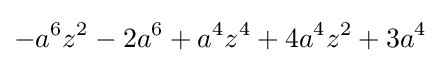
-a^{6}z^{2}-2a^{6}+a^{4}z^{4}+4a^{4}z^{2}+3a^{4}